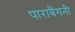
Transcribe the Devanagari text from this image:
पाराबैंगनी